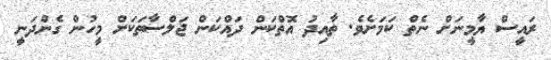
ރައީސް ޔާމީނަށް ނެތް ކަމަށެވެ. ތާއިދު އޮތްކަން ދައްކަން ޖަލްސާތަކަށް މީހުން ގެންދަނީ